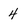
Character: 4